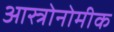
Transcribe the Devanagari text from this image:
आस्त्रोनोमीक